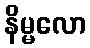
နိမ္မလော